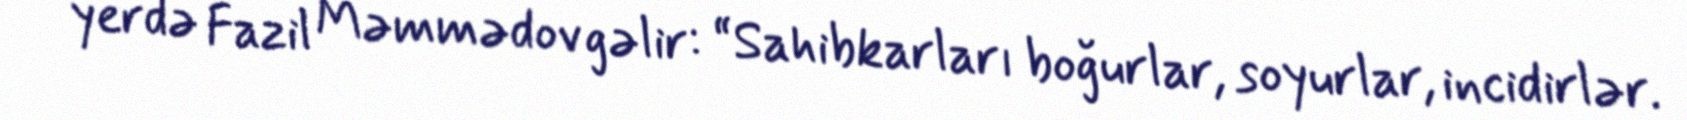
yerdə Fazil Məmmədov gəlir: “Sahibkarları boğurlar, soyurlar, incidirlər.